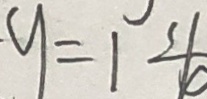
y = 1 \frac { 1 } { 1 0 }